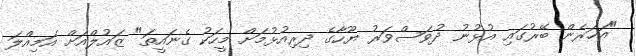
"އަހަރެން ބޭރުގައި އުޅުނު ދުވަސްވަރު ޔޫހާގެ ދިރިއުޅުމަށް މީހަކު ގެނައީތަ" ޒައުލްއަށް އަމިއްލަ